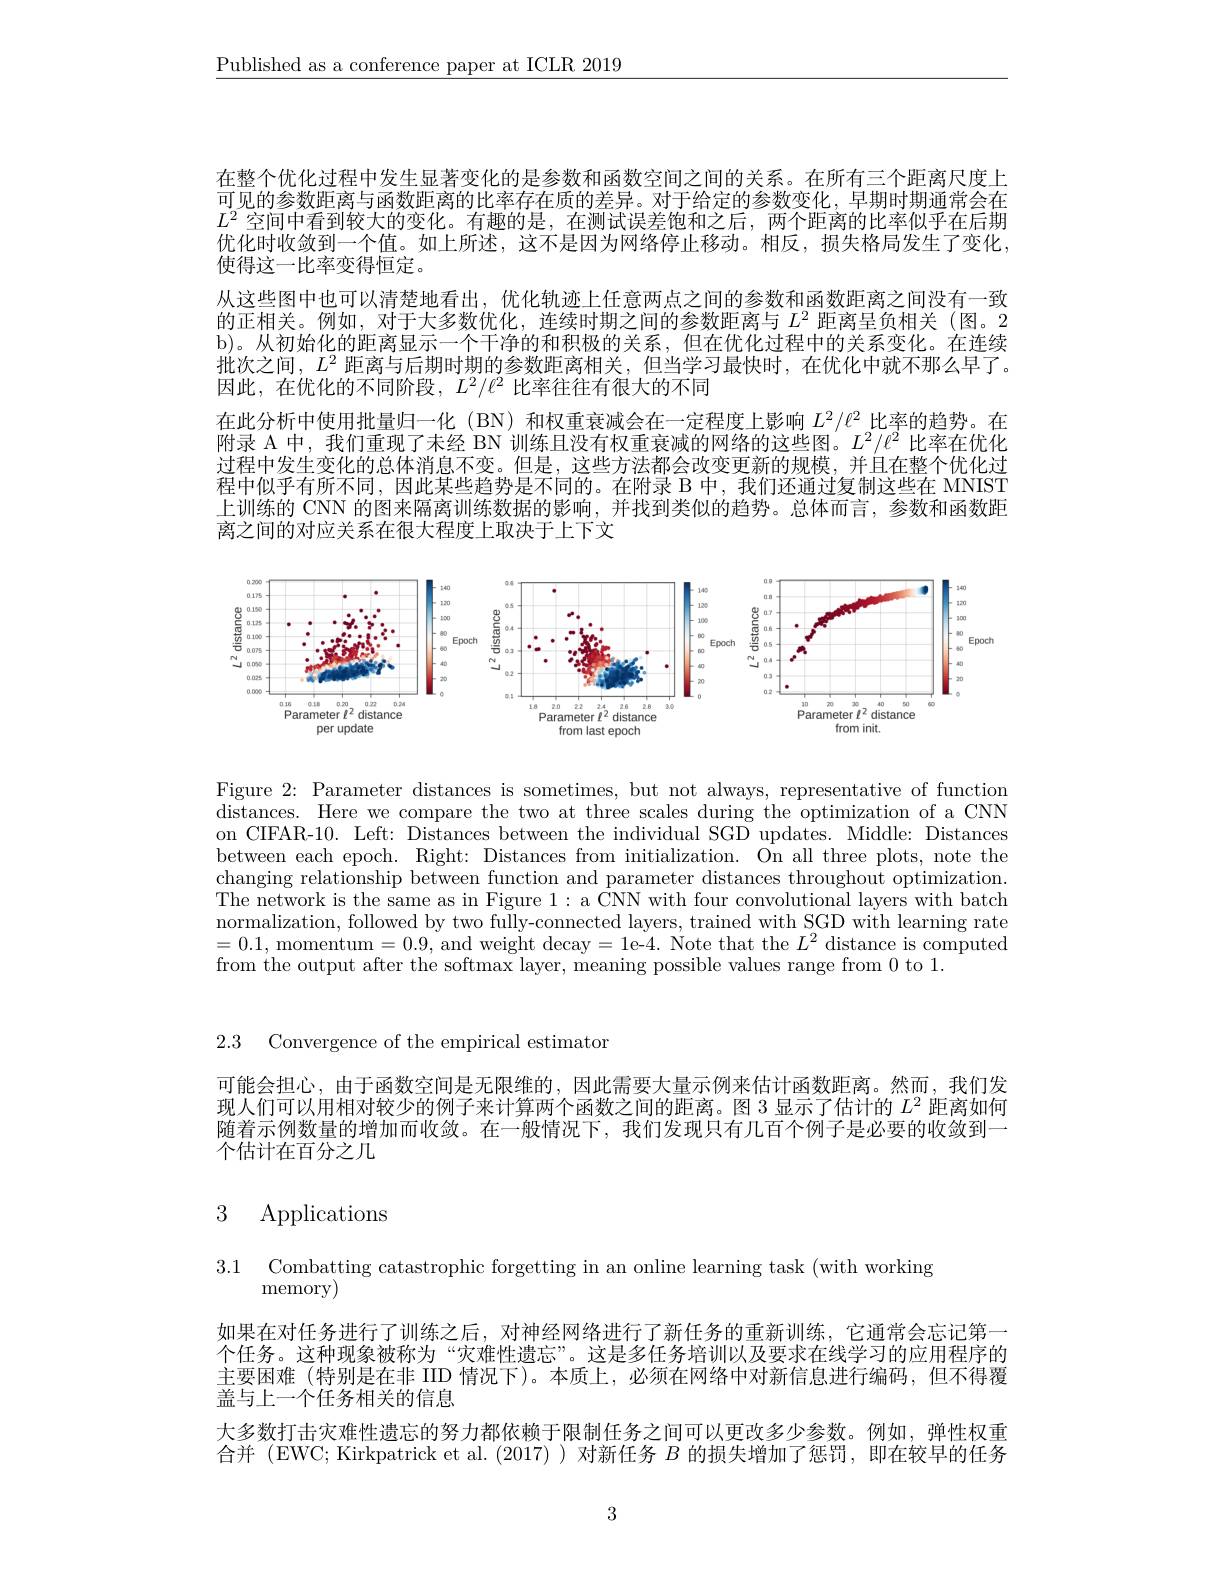
$\underline{\text{Published as a conference paper at ICLR 2019}}$

在整个优化过程中发生显著变化的是参数和函数空间之间的关系。在所有三个距离尺度上可见的参数距离与函数距离的比率存在质的差异。对于给定的参数变化，早期时期通常会在$L^2$空间中看到较大的变化。有趣的是，在测试误差饱和之后，两个距离的比率似乎在后期优化时收敛到一个值。如上所述，这不是因为网络停止移动。相反，损失格局发生了变化， 使得这一比率变得恒定。
从这些图中也可以清楚地看出，优化轨迹上任意两点之间的参数和函数距离之间没有一致的正相关。例如，对于大多数优化，连续时期之间的参数距离与$L^2$距离呈负相关 (图。2 b)。从初始化的距离显示一个干净的和积极的关系，但在优化过程中的关系变化。在连续批次之间，$L^2$距离与后期时期的参数距离相关，但当学习最快时，在优化中就不那么早了。因此，在优化的不同阶段，$L^2/\ell^2$比率往往有很大的不同
在此分析中使用批量归一化(BN)和权重衰减会在一定程度上影响$L^2/\ell^2$比率的趋势。在附录 A 中，我们重现了未经 BN 训练且没有权重衰减的网络的这些图。$L^2/\ell^2$比率在优化过程中发生变化的总体消息不变。但是，这些方法都会改变更新的规模，并且在整个优化过程中似乎有所不同，因此某些趋势是不同的。在附录 B 中，我们还通过复制这些在 MNIST 上训练的 CNN 的图来隔离训练数据的影响，并找到类似的趋势。总体而言，参数和函数距离之间的对应关系在很大程度上取决于上下文

<FigureHere>

Figure 2: Parameter distances is sometimes, but not always, representative of function distances. Here we compare the two at three scales during the optimization of a CNN on CIFAR-10. Left: Distances between the individual SGD updates. Middle: Distances between each epoch. Right: Distances from initialization. On all three plots, note the changing relationship between function and parameter distances throughout optimization. The network is the same as in Figure 1: a CNN with four convolutional layers with batch normalization, followed by two fully-connected layers, trained with SGD with learning rate =0.1, momentum=0.9, and weight decay=1e-4. Note that the $L^2$ distance is computed from the output after the softmax layer, meaning possible values range from 0 to 1.

2.3 Convergence of the empirical estimator

可能会担心，由于函数空间是无限维的，因此需要大量示例来估计函数距离。然而，我们发现人们可以用相对较少的例子来计算两个函数之间的距离。图 3 显示了估计的$L^2$距离如何随着示例数量的增加而收敛。在一般情况下，我们发现只有几百个例子是必要的收敛到一个估计在百分之几

# 3 Applications

3.1 Combatting catastrophic forgetting in an online learning task (with working

memory)

如果在对任务进行了训练之后，对神经网络进行了新任务的重新训练，它通常会忘记第一个任务。这种现象被称为“灾难性遗忘”。这是多任务培训以及要求在线学习的应用程序的主要困难 (特别是在非 IID 情况下)。本质上，必须在网络中对新信息进行编码，但不得覆盖与上一个任务相关的信息
大多数打击灾难性遗忘的努力都依赖于限制任务之间可以更改多少参数。例如，弹性权重合并 (EWC; Kirkpatrick et al.(2017))对新任务$B$的损失增加了惩罚，即在较早的任务

3